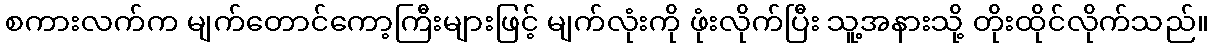
စကားလက်က မျက်တောင်ကော့ကြီးများဖြင့် မျက်လုံးကို ဖုံးလိုက်ပြီး သူ့အနားသို့ တိုးထိုင်လိုက်သည်။